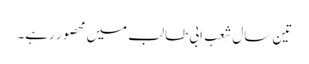
تین سال شِعب ابی طالب میں محصور رہے۔